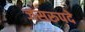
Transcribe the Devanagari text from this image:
जसरुपदे